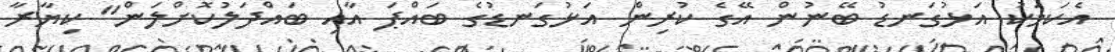
އެކަމަކު އަޅުގަނޑު ބޭނުން އޭގެ ކުރިން އަޅުގަނޑުގެ ބައްޕަ އާއި ބައްދަލުކޮށްލަން" ކިޔާރާ